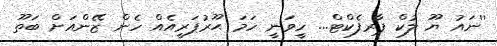
''ނައު ޔޫ ލުކް ޕާރފެކްޓް... ހީވަނީ ހަމަ ޙޫރުޕަރީއެއް ހެން ޒޭންއަށް ބަތޫ